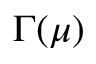
\Gamma ( \boldsymbol { \mu } )